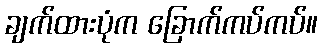
ချက်ထားပုံက ခြောက်ကပ်ကပ်။